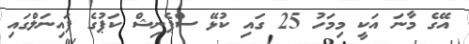
އޭގެ މާނަ އަކީ މިމަހު 25 ގައި ކުޅޭ ސްޕެނިޝް ކަޕުގެ ފައިނަލްގައި